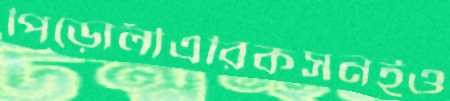
পিড়োলীএরিকসনইও